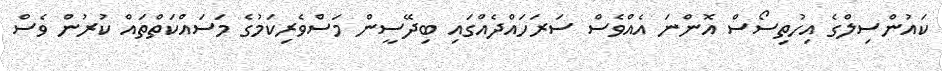
ކައުންސިލްގެ އިހުތިސޯސް އޮންނަ އެއްވެސް ސަރަހައްދެއްގައި ބިދޭސީން މަސްވެރިކަމުގެ މަސައްކަތްތައް ކުރުން ވެސް